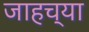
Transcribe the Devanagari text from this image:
जाहच्या